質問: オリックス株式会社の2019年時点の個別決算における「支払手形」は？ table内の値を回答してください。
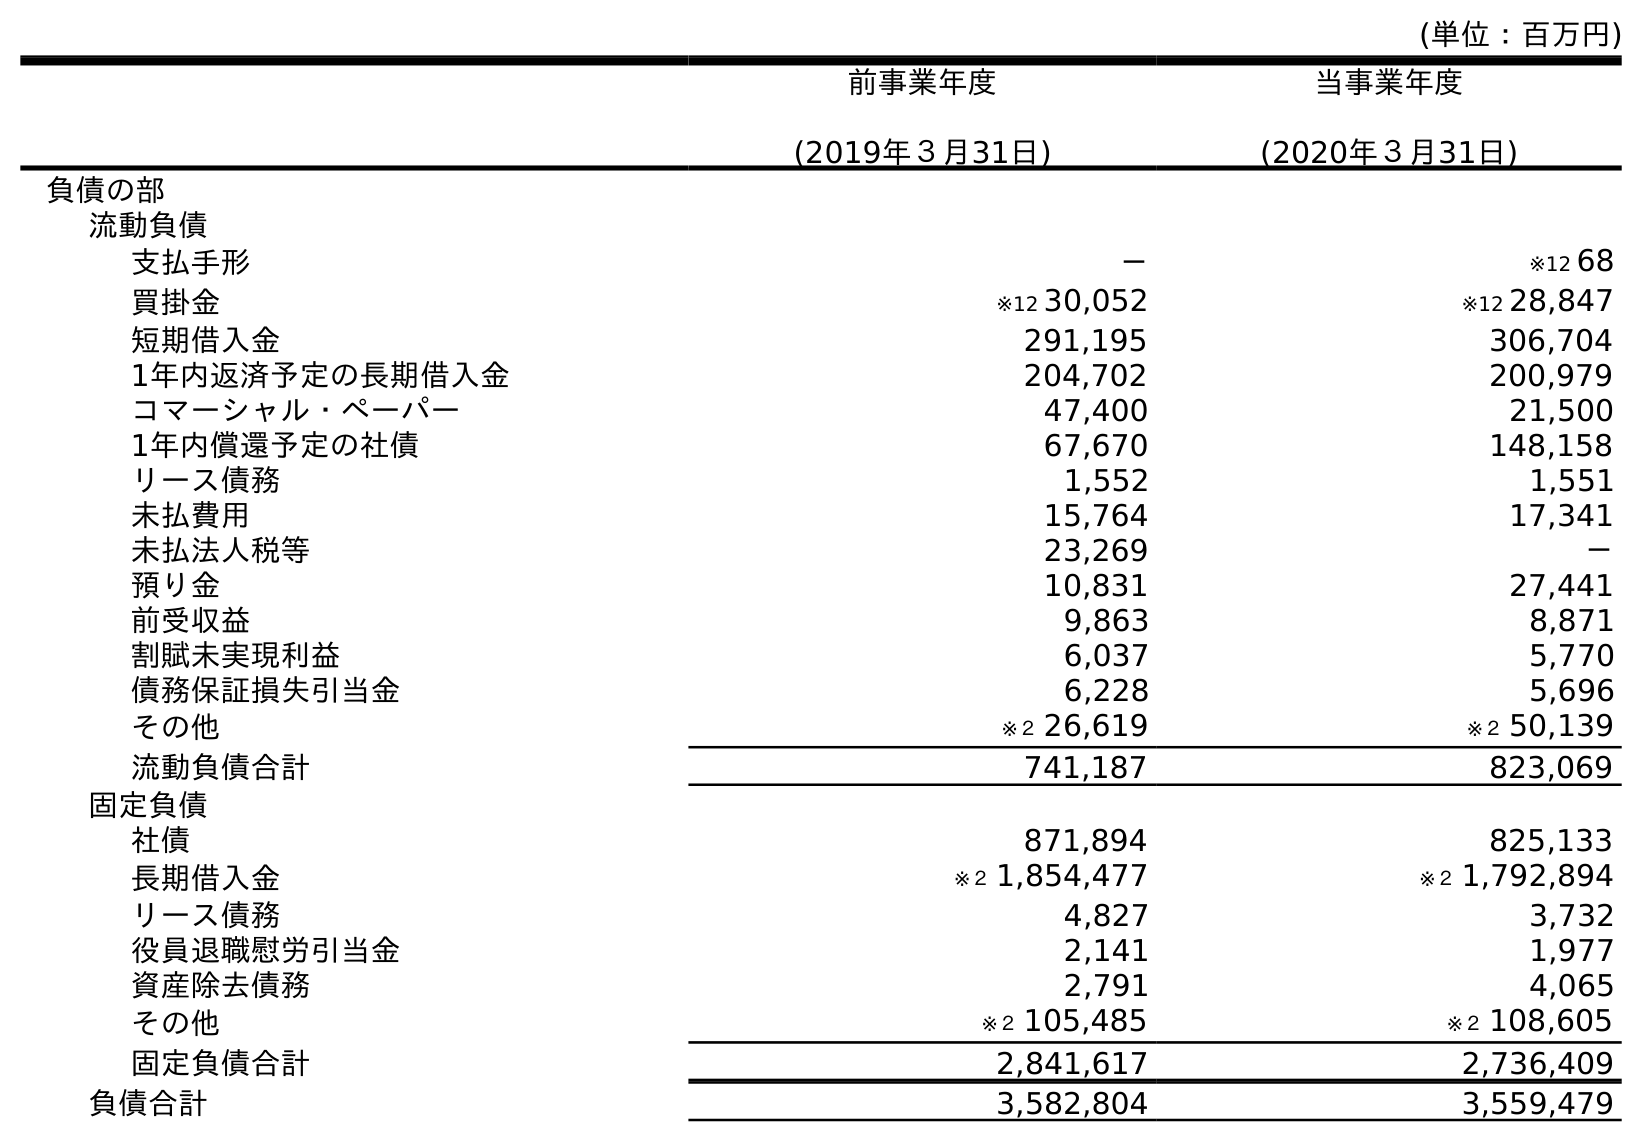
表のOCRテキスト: (単位：百万円) 前事業年度 (2019年３月31日) 当事業年度 (2020年３月31日) 負債の部 流動負債 支払手形 － ※12 68 買掛金 ※12 30,052 ※12 28,847 短期借入金 291,195 306,704 1年内返済予定の長期借入金 204,702 200,979 コマーシャル・ペーパー 47,400 21,500 1年内償還予定の社債 67,670 148,158 リース債務 1,552 1,551 未払費用 15,764 17,341 未払法人税等 23,269 － 預り金 10,831 27,441 前受収益 9,863 8,871 割賦未実現利益 6,037 5,770 債務保証損失引当金 6,228 5,696 その他 ※２ 26,619 ※２ 50,139 流動負債合計 741,187 823,069 固定負債 社債 871,894 825,133 長期借入金 ※２ 1,854,477 ※２ 1,792,894 リース債務 4,827 3,732 役員退職慰労引当金 2,141 1,977 資産除去債務 2,791 4,065 その他 ※２ 105,485 ※２ 108,605 固定負債合計 2,841,617 2,736,409 負債合計 3,582,804 3,559,479
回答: －